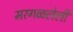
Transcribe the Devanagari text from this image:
मरगळलेली